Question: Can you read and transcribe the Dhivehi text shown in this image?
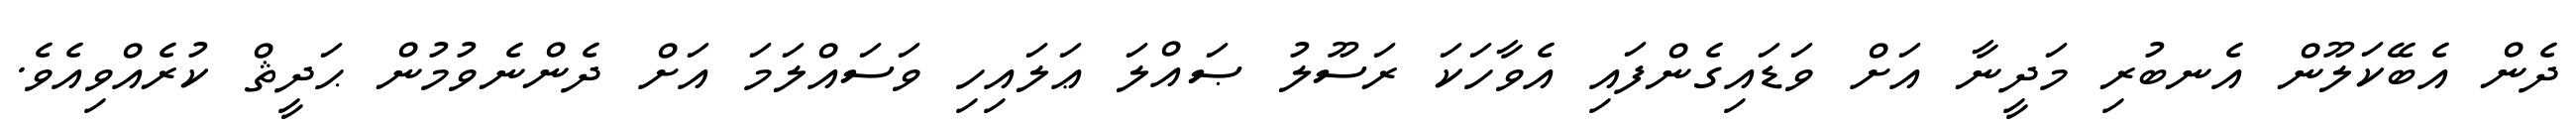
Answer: ދެން އެބޭކަލޫން އެނބުރި މަދީނާ އަށް ވަޑައިގެންފައި އެވާހަކަ ރަސޫލު ޞައްލަ ޢަލައިހި ވަސައްލަމަ އަށް ދެންނެވުމުން ޙަދީޘް ކުރެއްވިއެވެ.